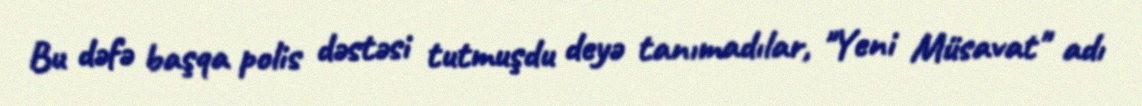
Bu dəfə başqa polis dəstəsi tutmuşdu deyə tanımadılar, "Yeni Müsavat" adı